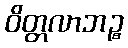
ဝိတ္တလာဘဉ္စ